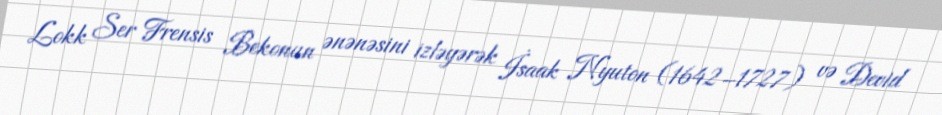
Lokk Ser Frensis Bekonun ənənəsini izləyərək İsaak Nyuton (1642–1727) və Devid